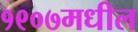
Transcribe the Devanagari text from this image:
१९०७मधील